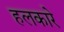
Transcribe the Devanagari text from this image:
हलकारे